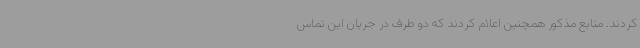
کردند. منابع مذکور همچنین اعلام کردند که دو طرف در جریان این تماس